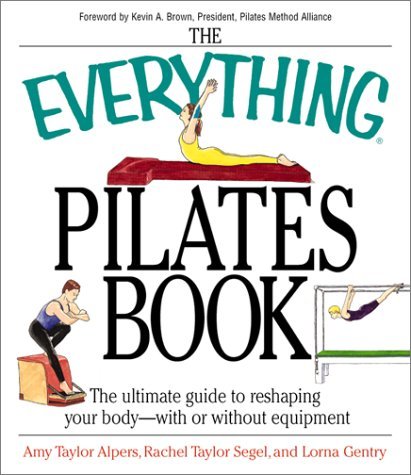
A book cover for By Amy Taylor Alpers The Everything Pilates Book: The Ultimate Guide to Making Your Body Stronger, Leaner, and Healthier; Health, Fitness & Dieting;